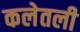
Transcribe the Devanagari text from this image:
कलेतली